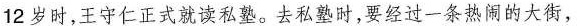
12岁时，王守仁正式就读私塾。去私塾时，要经过一条热闹的大街，